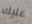
عليك